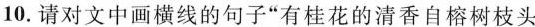
10.请对文中画横线的句子”有桂花的清香自榕树枝头